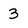
Character: 3